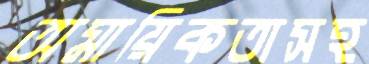
অমায়িকতাসহ